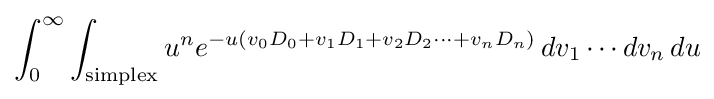
\int _{0}^{\infty }\int _{\mathrm {simplex} }u^{n}e^{-u\left(v_{0}D_{0}+v_{1}D_{1}+v_{2}D_{2}\cdots +v_{n}D_{n}\right)}\,dv_{1}\cdots dv_{n}\,du